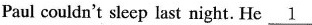
Paul couldn't sleep last night. He\underline{1}